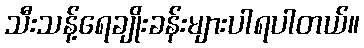
သီးသန့်ရေချိုးခန်းများပါရပါတယ်။